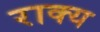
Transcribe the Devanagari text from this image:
राक्य